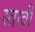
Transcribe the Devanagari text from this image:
स्त्रावी